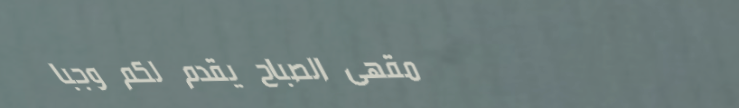
مقهى الصباح يقدم لكم وجبا